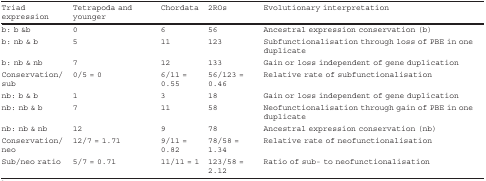
| Triad expression | Tetrapoda and younger | Chordata | 2ROs | Evolutionary interpretation |
 | --- | --- | --- | --- | --- |
 | b: b &b | 0 | 6 | 56 | Ancestral expression conservation (b) |
 | b: nb & b | 5 | 11 | 123 | Subfunctionalisation through loss of PBE in one duplicate |
 | b: nb & nb | 7 | 12 | 133 | Gain or loss independent of gene duplication |
 | Conservation/sub | 0/5 = 0 | 6/11 = 0.55 | 56/123 = 0.46 | Relative rate of subfunctionalisation |
 | nb: b & b | 1 | 3 | 18 | Gain or loss independent of gene duplication |
 | nb: nb & b | 7 | 11 | 58 | Neofunctionalisation through gain of PBE in one duplicate |
 | nb: nb & nb | 12 | 9 | 78 | Ancestral expression conservation (nb) |
 | Conservation/neo | 12/7 = 1.71 | 9/11 = 0.82 | 78/58 = 1.34 | Relative rate of neofunctionalisation |
 | Sub/neo ratio | 5/7 = 0.71 | 11/11 = 1 | 123/58 = 2.12 | Ratio of sub- to neofunctionalisation |